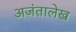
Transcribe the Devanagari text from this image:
अजंतालेख